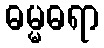
ဓမ္မဓရာ